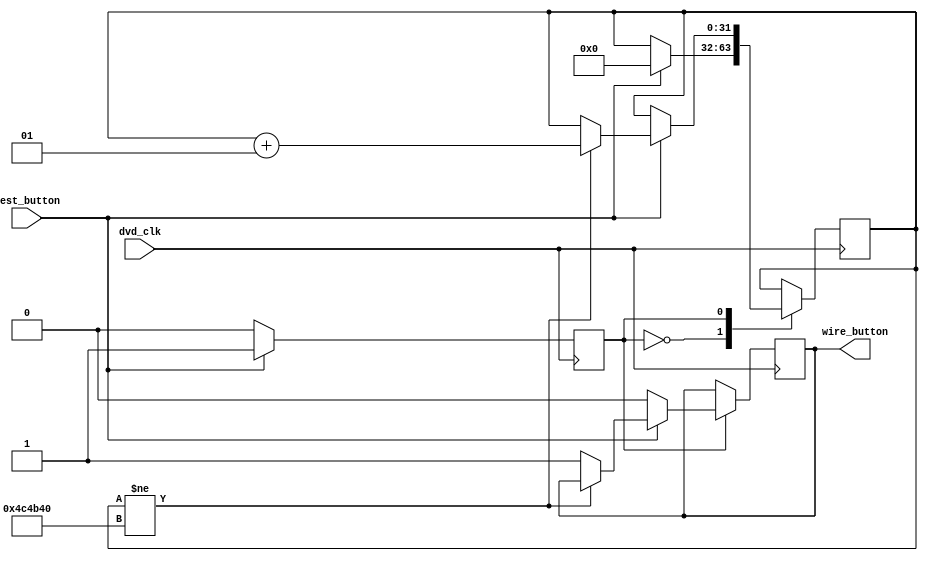
`timescale 1ns / 1ps
                                                                    //Upgraded Debouncer
                                                                    // Butos should sart with 0 initially val_hold
module Debouncer_Module

    (
    input test_button,dvd_clk,
    output reg wire_button= 0
);

integer count_down = 0;

localparam test_bench_howmanyclk = 5,
			  synthesis_howmanyclk  = 5*10**6;
			  
			  
localparam howmanyclk =  synthesis_howmanyclk;


reg state_reg = 0;

always @(posedge dvd_clk) begin
	
	case(state_reg)
		1'b0: begin
		if(test_button == 1'b1) begin
		count_down <= 0;
		state_reg <= 1; end
		end
		
		1'b1: begin
			if(test_button == 1'b1) begin
				if(count_down != howmanyclk)
				count_down <= count_down + 1;
				else
				wire_button <= 1;
			end else begin 
			state_reg <= 0;
			wire_button <= 0;
			end
		end
	endcase
end
endmodule